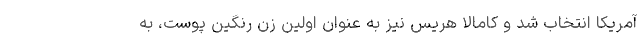
آمریکا انتخاب شد و کامالا هریس نیز به عنوان اولین زن رنگین پوست، به